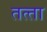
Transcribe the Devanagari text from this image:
तत्‍ता